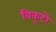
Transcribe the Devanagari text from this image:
विकूटों